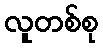
လူတစ်စု